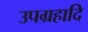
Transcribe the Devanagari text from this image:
उपग्रहादि